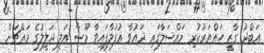
އަބްދު ގާޒީ ހައްޔަރުކުރި މައްސަލާގައި ދައުވާ އުފުލާފައިވާ މޫސާ އަލީ ޖަލީލުގެ މައްޗަށް